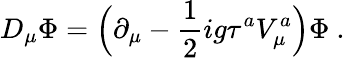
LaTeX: D_{\mu}\Phi=\Bigl(\partial_{\mu}-\frac{1}{2}ig\tau^{a}V_{\mu}^{a}\Bigr)\Phi\ .